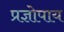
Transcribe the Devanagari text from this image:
प्रज्ञोपाय